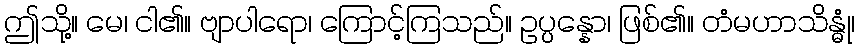
ဤသို့။ မေ၊ ငါ၏။ ဗျာပါရော၊ ကြောင့်ကြသည်။ ဥပ္ပန္နော၊ ဖြစ်၏။ တံမဟာသိန္ဓုံ၊